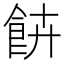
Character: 𩚰